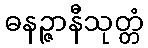
ဓနဉ္ဇာနီသုတ္တံ